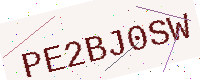
Text: PE2BJ0SW